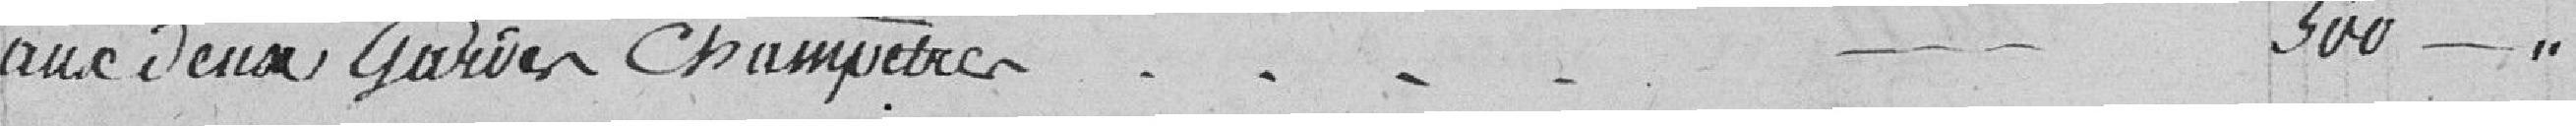
aux deux gardes champêtres 500